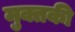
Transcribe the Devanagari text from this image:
मुक्तकी